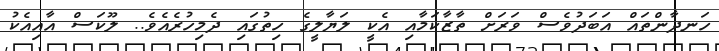
ހަނދާންތައް އަބަދުވެސް ވަރަށް ތާޒާކަމާއި އެކީ ލަޔާލީގެ ހިތުގައި ދެމިހުރެއެވެ.. ލޫކަސް އާއިއެކު